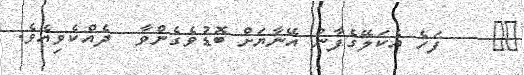
٢٠    ފަހެ އެކަލޭގެފާނު އޭނާޔަށް ބޮޑުވެގެންވާ  ދެއްކެވިއެވެ.